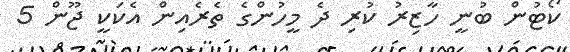
ކޯޓުން ބުނީ ހާޒިރު ކުރި ދެ މީހުންގެ ތެރެއިން އެކަކީ ޖޫން 5